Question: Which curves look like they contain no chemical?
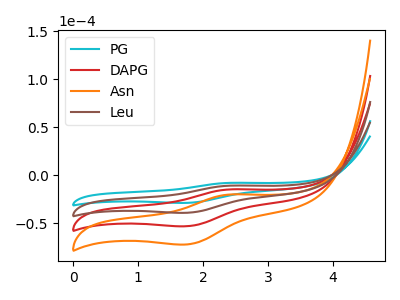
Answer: <think>The cyan curve "PG" has an anodic peak at (2.45V, -8.10uA) and a cathodic peak at (1.75V, -28.95uA). The red curve "DAPG" has an anodic peak at (2.45V, -21.90uA) and a cathodic peak at (1.75V, -78.50uA). The orange curve "Asn" has an anodic peak at (2.45V, -32.90uA) and a cathodic peak at (1.75V, -117.75uA). The brown curve "Leu" has an anodic peak at (2.45V, -10.95uA) and a cathodic peak at (1.75V, -39.25uA).</think>
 <answer>There are not any CV's on this graph that are likely to be blanks.</answer>
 <eval>none</eval>